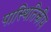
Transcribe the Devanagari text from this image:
पास्थितिकीय